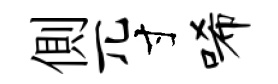
側兀寸唏